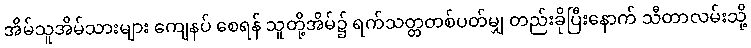
အိမ်သူအိမ်သားများ ကျေနပ် စေရန် သူတို့အိမ်၌ ရက်သတ္တတစ်ပတ်မျှ တည်းခိုပြီးနောက် သီတာလမ်းသို့